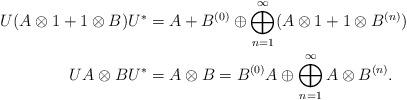
LaTeX: \begin{align*}U(A\otimes 1+1\otimes B)U^*&=A+B^{(0)}\oplus \bigoplus_{n=1}^\infty( A\otimes 1+1\otimes B^{(n)} )\\ U A\otimes B U^*&=A \otimes B= B^{(0)} A \oplus \bigoplus_{n=1}^\infty A\otimes B^{(n)}.\end{align*}